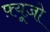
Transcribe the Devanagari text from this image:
फ़्यूज़ो